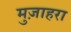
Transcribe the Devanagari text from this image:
मुज़ाहरा